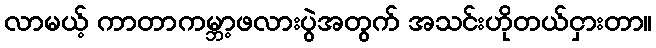
လာမယ့် ကာတာကမ္ဘာ့ဖလားပွဲအတွက် အသင်းဟိုတယ်ငှားတာ။